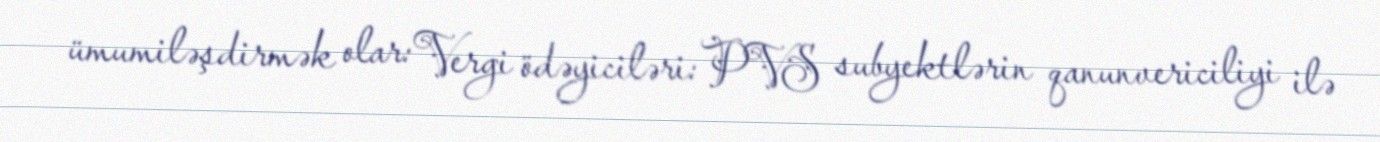
ümumiləşdirmək olar: Vergi ödəyiciləri: PVS subyektlərin qanunvericiliyi ilə